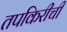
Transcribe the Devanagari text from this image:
तपकिरीची